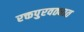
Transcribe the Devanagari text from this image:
रक्तपुरवठ्यात